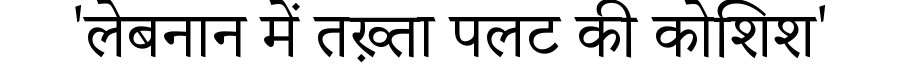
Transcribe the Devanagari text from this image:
'लेबनान में तख़्ता पलट की कोशिश'